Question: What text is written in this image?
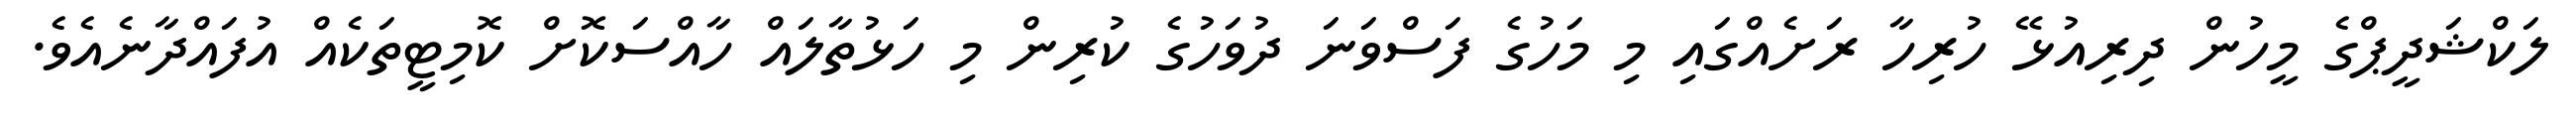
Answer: ލަކްޝަދީޕްގެ މީހުން ދިރިއުޅޭ ހުރިހާ ރަށެއްގައި މި މަހުގެ ފަސްވަނަ ދުވަހުގެ ކުރިން މި ހަޅުތާލައް ހާއްސަކޮށް ކޮމިޓީތަކެއް އުފައްދާނެއެވެ.